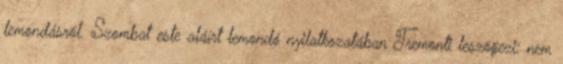
lemondásról. Szombat este aláírt lemondó nyilatkozatában Tremonti leszögezi: nem